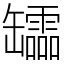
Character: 𦉢